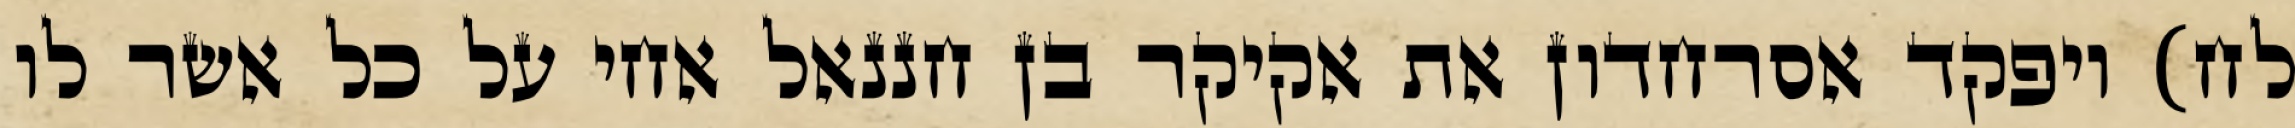
לח) ויפקד אסרחדון את אקיקר בן חננאל אחי על כל אשר לו